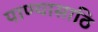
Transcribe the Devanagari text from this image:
पाण्यासाठि